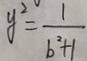
y ^ { 2 } = \frac { 1 } { b ^ { 2 } + 1 }